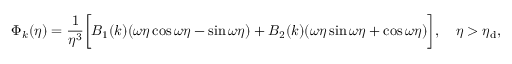
\Phi _ { k } ( \eta ) = \frac { 1 } { \eta ^ { 3 } } \biggl [ B _ { 1 } ( k ) ( \omega \eta \cos { \omega \eta } - \sin { \omega \eta } ) + B _ { 2 } ( k ) ( \omega \eta \sin { \omega \eta } + \cos { \omega \eta } ) \biggr ] , ~ ~ ~ \eta > \eta _ { \mathrm { d } } ,